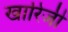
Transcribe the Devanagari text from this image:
खारिजी